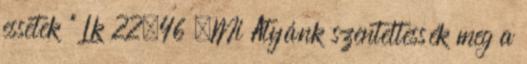
essetek ” Lk 22,46 „Mi Atyánk szenteltessék meg a